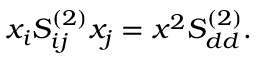
x _ { i } S _ { i j } ^ { ( 2 ) } x _ { j } = x ^ { 2 } S _ { d d } ^ { ( 2 ) } .